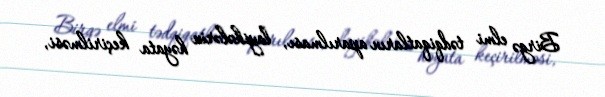
Birgə elmi tədqiqatların aparılması, layihələrin həyata keçirilməsi,